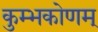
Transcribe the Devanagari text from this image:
कुम्भकोणम्